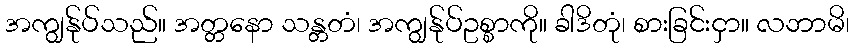
အကျွန်ုပ်သည်။ အတ္တနော သန္တတံ၊ အကျွန်ုပ်ဥစ္စာကို။ ခါဒိတုံ၊ စားခြင်းငှာ။ လဘာမိ၊